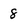
Character: 8